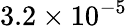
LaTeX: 3.2\times 10^{-5}